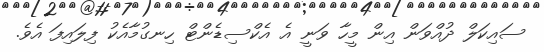
ސައިކަލް ދުއްވަން އިން މީހާ ވަނީ އެ އެކްސިޑެންޓް ހިނގުމާއެކު ފިލައިފަ އެވެ.